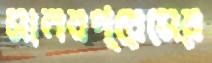
মানবপ্রেমের